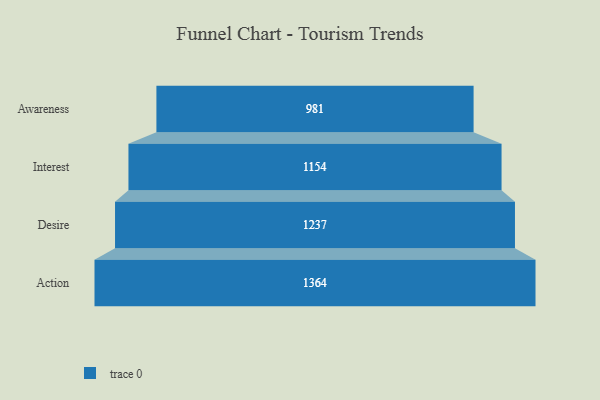
{"axis": {"x": "Stage", "y": "Value"}, "legend": [""], "data": [{"x": "Awareness", "y": 981.0, "type": ""}, {"x": "Interest", "y": 1154.0, "type": ""}, {"x": "Desire", "y": 1237.0, "type": ""}, {"x": "Action", "y": 1364.0, "type": ""}]}